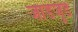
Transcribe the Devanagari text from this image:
जाडजुड